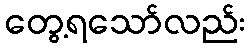
တွေ့ရသော်လည်း